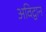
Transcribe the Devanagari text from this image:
अविद्वान